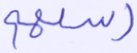
رسلهم